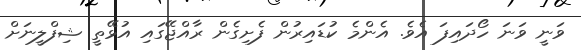
ވަނީ ވަނަ ހޯދައިފަ އެވެ. އެންމެ ކުޑައިރުން ފެށިގެން ރާއްޖޭގައި އުޅޭތީ ޝިފްލީނަށް